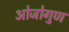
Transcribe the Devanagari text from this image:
ओजोगुण